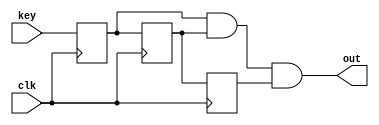
`timescale 1ns / 1ps
//////////////////////////////////////////////////////////////////////////////////
// Company: 
// Engineer: 
// 
// Design Name: 
// Module Name: keyled
// Project Name: 
// Target Devices: 
// Tool Versions: 
// Description: 
// 
// Dependencies: 
// 
// Revision:
// Revision 0.01 - File Created
// Additional Comments:
// 
//////////////////////////////////////////////////////////////////////////////////


module Debounce(
        input clk, 
        input key, 
        output out
    );
    
    reg delay1,delay2,delay3;  
    assign out = delay1&delay2&delay3;
    always@(posedge clk)//CLK 100M
    begin
        delay1 <= key;
        delay2 <= delay1;
        delay3 <= delay2;
    end
endmodule